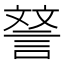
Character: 𮘝